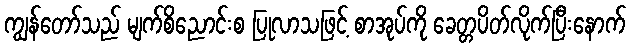
ကျွန်တော်သည် မျက်စိညောင်းစ ပြုလာသဖြင့် စာအုပ်ကို ခေတ္တပိတ်လိုက်ပြီးနောက်